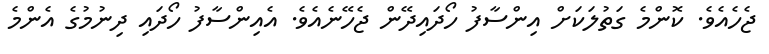
ޖެހެއެވެ. ކޮންމެ ގަތުލަކަށް އިންސާފު ހޯދައިދޭން ޖެހޭނެއެވެ. އެއިންސާފު ހޯދައި ދިނުމުގެ އެންމެ